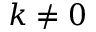
k \neq 0